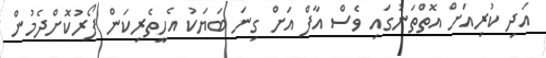
އަދި ކުރިއަށް އޮތްތަނުގައި ވެސް އާފް އަށް ގިނަ ބަޔަކު އެހީތެރިކަން ފޯރުކޮށްދެމުން